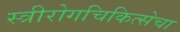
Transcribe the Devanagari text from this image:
स्त्रीरोगचिकित्सेचा